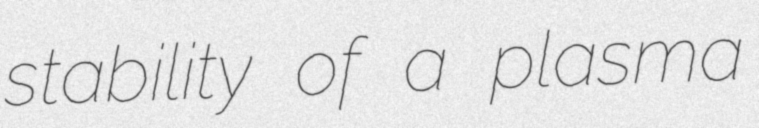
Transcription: stability of a plasma